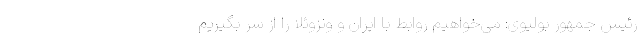
رئیس جمهور بولیوی: می‌خواهیم روابط با ایران و ونزوئلا را از سر بگیریم